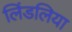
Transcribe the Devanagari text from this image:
लिंडलिया